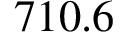
7 1 0 . 6